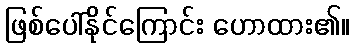
ဖြစ်ပေါ်နိုင်ကြောင်း ဟောထား၏။